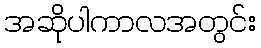
အဆိုပါကာလအတွင်း